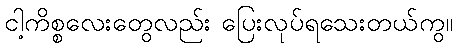
ငါ့ကိစ္စလေးတွေလည်း ပြေးလုပ်ရသေးတယ်ကွ။